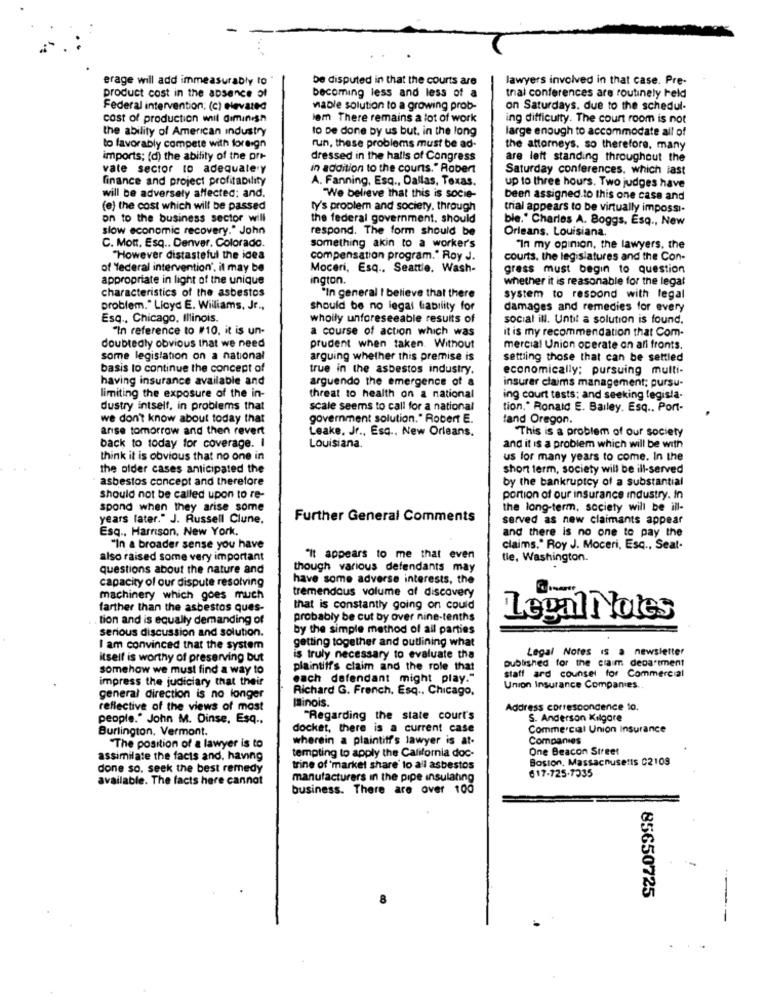
erage will add immeasurably to
be disputed in that the courts are
lawyers involved in that case. Pre-
product cost in the absence of
becoming less and less of a
trial conferences are routinely held
Federal intervention: (c) elevated
viable solution to a growing prob-
on Saturdays. due to the schedul-
cost of production wnul diminışın
lem There remains a lot of work
ing difficulty. The court room is not
the ability of American industry
to be done by us but. in the long
large enough to accommodate all of
to favorably compete with foreign
run, these problems must be ad-
the attorneys. so therefore, many
imports; (d) the ability of the ori-
dressed in the halls of Congress
are left standing throughout the
vate sector to adequately
in addition to the courts." Robert
Saturday conferences. which last
finance and project profitability
A. Fanning, Esq ., Dallas, Texas.
up to three hours. Two judges have
will be adversely affected: and.
"We believe that this is socie-
been assigned to this one case and
(e) the cost which will be passed
ty's problem and society. through
trial appears to be virtually impossi-
on to the business sector will
the federal government. should
ble." Charles A. Boggs, Esq ., New
slow economic recovery." John
respond. The form should be
Orleans, Louisiana.
C. Mot. Esq .. Denver, Colorado.
something akin to a worker's
"In my opinion, the lawyers, the
"However distasteful the idea
compensation program." Roy J.
courts. the legislatures and the Con-
of federal intervention', it may be
Moceri, Esq .. Seattle. Wash-
grass must begin to question
appropriate in light of the unique
ington.
whether it is reasonable for the legal
characteristics of the asbestos
"In general I believe that there
system to respond with legal
problem." Lloyd E. Williams, Jr .,
should be no legal liability for
damages and remedies for every
Esq ., Chicago, Illinois.
whoily unforeseeable results of
social ill. Until a solution is found.
"In reference to #10, it is un-
a course of action which was
it is my recommendation that Com-
doubtedly obvious that we need
prudent when taken. Without
mercial Union operate on all fronts.
some legislation on a national
arguing whether this premise is
settling those that can be settled
basis to continue the concept of
true in the asbestos industry.
economically; pursuing multi-
having insurance available and
arguendo the emergence of a
insurer claims management; pursu-
limiting the exposure of the in-
threat to health on a national
ing court tests; and seeking legisla-
dustry intself. in problems that
scale seems to call for a national
tion." Ronald E. Bailey, Esq .. Port-
we don't know about today that
government solution." Robert E.
tand Oregon.
arise tomorrow and then revert
Leake, Jr ., Esq ., New Orleans.
"This is a problem of our society
back to today for coverage. I
Louisiana.
and it is a problem which will be with
think it is obvious that no one in
us for many years to come. In the
the older cases anticipated the
short term, society will be ill-served
asbestos concept and therefore
by the bankruptcy of a substantial
Should not be called upon to re-
portion of our insurance industry. In
spond when they arise some
the long-term, society will be ill-
years later." J. Russell Clune.
Further General Comments
served as new claimants appear
Esq ., Harrison, New York,
and there is no one to pay the
"In a broader sense you have
claims." Roy J. Moceri, Esq ., Seal-
also raised some very important
"It appears to me that even
tle, Washington.
questions about the nature and
though various defendants may
capacity of our dispute resolving
have some adverse interests, the
tremendous volume af discovery
machinery which goes much
farther than the asbestos ques-
that is constantly going on could
tion and is equally demanding of
probably be cut by over nine-tenths
Legal Notes
serious discussion and solution.
by the simple method of all parties
getting together and outlining what
I am convinced that the system
Legal Notes is a newsletter
itself is worthy of preserving but
is truly necessary to evaluate tha
published for the craim department
somehow we must find a way to
plaintiff's claim and the role that
staff ard counsel for Commercial
impress the judiciary that their
each defendant might play."
Richard G. French, Esq .. Chicago,
Union Insurance Companies.
general direction is no longer
Minois.
reflective of the views of most
Address correspondence to.
people." John M. Dinse, Esq .,
"Regarding the state court's
S. Anderson Kilgore
Burlington, Vermont.
docket, there is a current case
Commercial Union Insurance
wherein a plaintiff's lawyer is at-
Companies
"The position of a lawyer is to
One Beacon Street
assimilate the facts and, having
tempting to apply the California doc-
Boston, Massachusetts C2109
done so. seek the best remedy
trine of market share' to all asbestos
617-725-1335
available. The facts here cannot
manufacturers in the pipe insulating
business. There are over 100
85650725